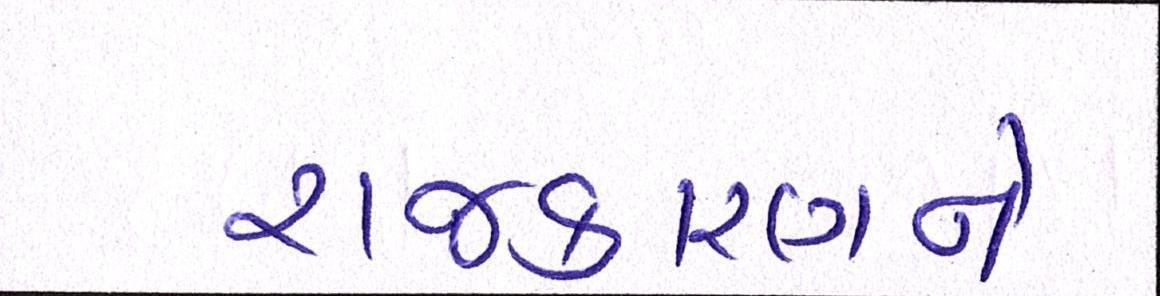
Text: રાજકારણને